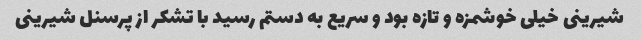
شیرینی خیلی خوشمزه و تازه بود و سریع به دستم رسید با تشکر از پرسنل شیرینی